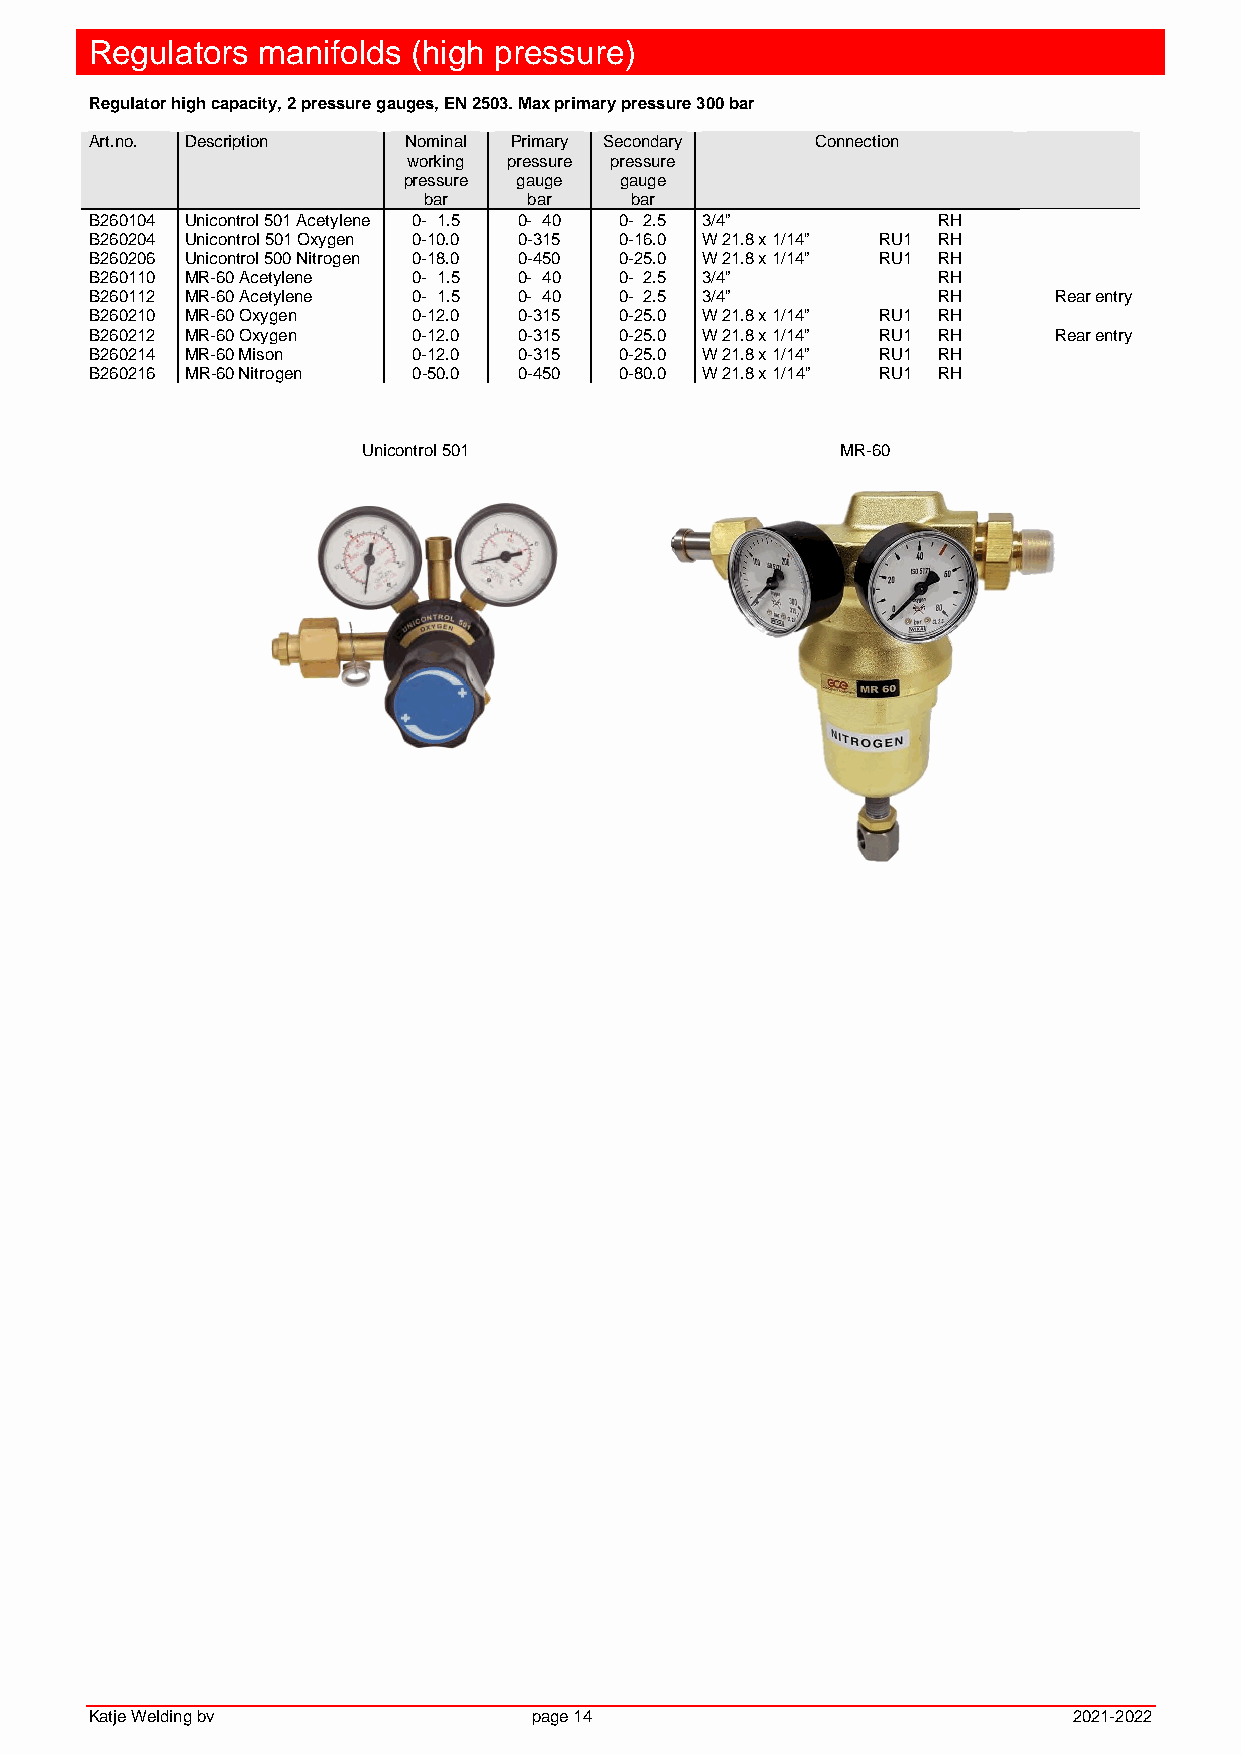
Regulators manifolds (high pressure)
 Regulator high capacity, 2 pressure gauges, EN 2503. Max primary pressure 300 bar
 Art.no. Description  Nominal Primary Secondary  Connection
 working pressure pressure
 pressure gauge gauge
 bar    bar    bar
 B260104 Unicontrol 501 Acetylene 0- 1.5 0- 40 0- 2.5 3/4” RH
 B260204 Unicontrol 501 Oxygen 0-10.0 0-315 0-16.0 W 21.8 x 1/14” RU1 RH
 B260206 Unicontrol 500 Nitrogen 0-18.0 0-450 0-25.0 W 21.8 x 1/14” RU1 RH
 B260110 MR-60 Acetylene 0- 1.5 0- 40 0- 2.5 3/4”        RH
 B260112 MR-60 Acetylene 0- 1.5 0- 40 0- 2.5 3/4”        RH      Rear entry
 B260210 MR-60 Oxygen 0-12.0 0-315  0-25.0 W 21.8 x 1/14” RU1 RH
 B260212 MR-60 Oxygen 0-12.0 0-315  0-25.0 W 21.8 x 1/14” RU1 RH Rear entry
 B260214 MR-60 Mison  0-12.0 0-315  0-25.0 W 21.8 x 1/14” RU1 RH
 B260216 MR-60 Nitrogen 0-50.0 0-450 0-80.0 W 21.8 x 1/14” RU1 RH
 Unicontrol 501                  MR-60
 Katje Welding bv             page 14                             2021-2022